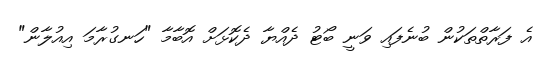
އެ ފަރާތްތަކުން ބުނެފައި ވަނީ ބޯޓު ދެއްޔާ ދެކޮޅަށް އޮބާމާ "ހަނގުރާމަ އިއުލާން"